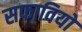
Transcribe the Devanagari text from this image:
सफावियों